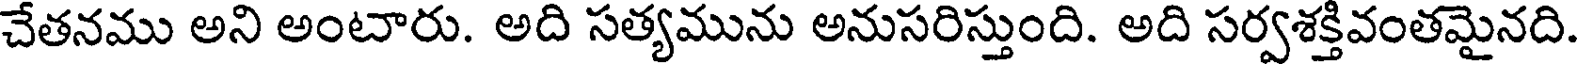
చేతనము అని అంటారు. అది సత్యమును అనుసరిస్తుంది. అది సర్వశక్తివంతమైనది.